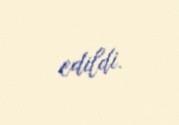
edildi.